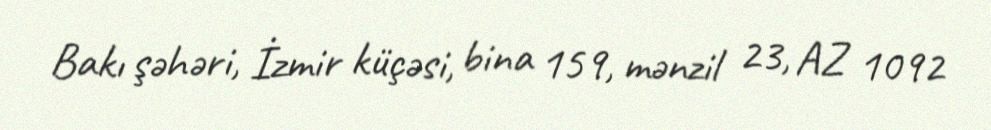
Bakı şəhəri, İzmir küçəsi, bina 159, mənzil 23, AZ 1092